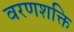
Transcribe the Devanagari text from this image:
वरणशक्ति